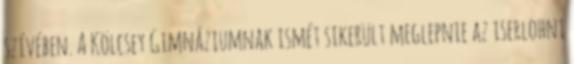
szívében. A Kölcsey Gimnáziumnak ismét sikerült meglepnie az iserlohni